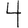
Digit: 4